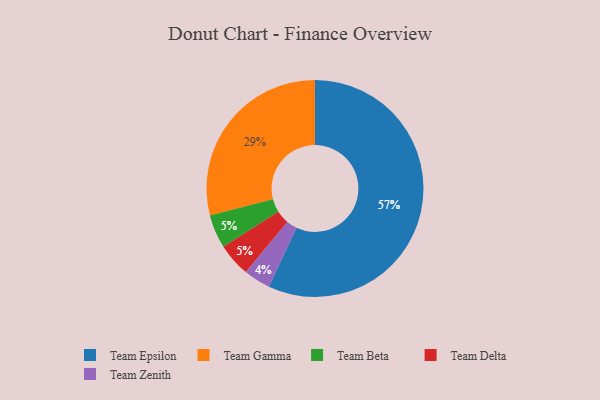
{"axis": {"x": "Category", "y": "Percentage"}, "legend": ["Team Beta", "Team Delta", "Team Epsilon", "Team Gamma", "Team Zenith"], "data": [{"x": "Team Gamma", "y": 29, "type": "Team Gamma"}, {"x": "Team Zenith", "y": 4, "type": "Team Zenith"}, {"x": "Team Epsilon", "y": 57, "type": "Team Epsilon"}, {"x": "Team Beta", "y": 5, "type": "Team Beta"}, {"x": "Team Delta", "y": 5, "type": "Team Delta"}]}